Civil Veterinary Department Bihar reports 1936-40 - 1936-1940
Year: 1936
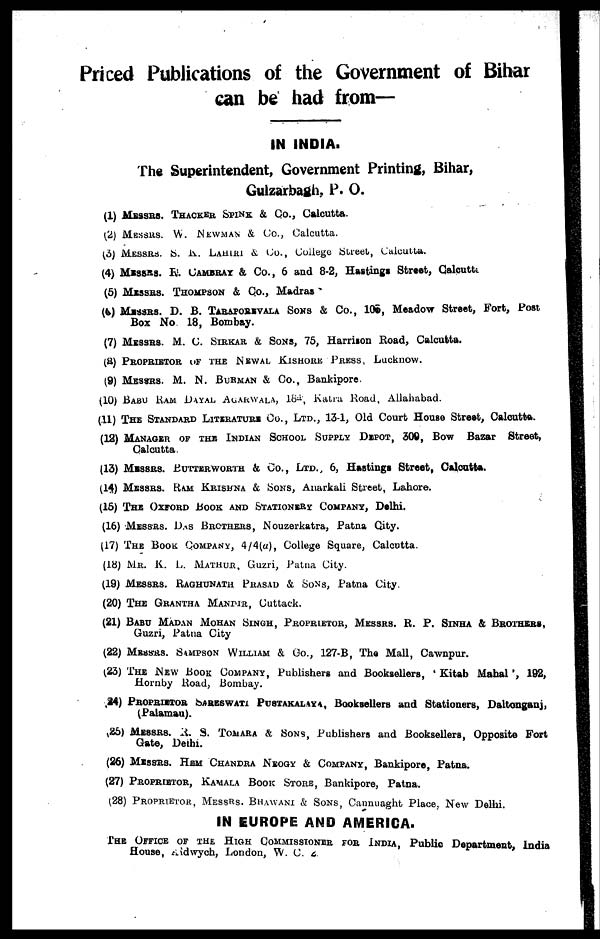
Priced Publications of the Government of Bihar
can be had from—
IN INDIA.
The Superintendent, Government Printing, Bihar,
Gulzarbagh, P. O.
(1) MESSRS. THACKER SPINK & Co., Calcutta.
(2) MESSRS. W. NEWMAN & Co., Calcutta.
(3) MESSRS. S. K. LAHIRI & Co., College Street, Calcutta.
(4) MESSRS. R. CAMBRAI & Co., 6 and 8-2, Hastings Street, Calcutta
(5)
MESSRS.
THOMSON
& Co., Madras
(6) MESSRS. D. B. TARAPOREWALA SONS & Co., 106, Meadow Street, Fort, Post
Box No 18, Bombay.
(7) MESSRS. M. C. SIRKAR & SONS, 75, Harrison Road, Calcutta.
(8) PROPRIETOR OF THE NEWAL KISHORE PRESS, Lucknow.
(9) MESSRS. M. N. BURMAN & Co., Bankipore.
(10) BABU RAM DAYAL AGRAWALA, 184, Katra Road, Allahabad.
(11) THE STANDARD LITERATURE Co., LTD., 13-1, Old Court House Street, Calcutta.
(12) MANAGER OF THE INDIAN SCHOOL SUPPLY DEPOT, 309, Bow
Bazar
Street,
Calcutta.
(13) MESSRS. BUTTERWORTH & CO., LTD., 6, Hastings Street, Calcutta.
(14) MESSRS. RAM KRISHNA & SONS, Anarkali Street, Lahore.
(15) THE OXFORD BOOK AND STATIONERY COMPANY, Delhi.
(16) MESSRS. DAS BROTHERS, Nouzerkatra, Patna City.
(17) THE BOOK COMPANY, 4/4(a), College Square, Calcutta.
(18) MR. K. L. MATHUR, Guzri, Patna City.
(19) MESSRS. RAGHUNATH PRASAD & SONS, Patna City.
(20) THE GRANTHA MANDIR, Cuttack.
(21) BABU MADAN MOHAN SINGH, PROPRIETOR, MESSRS. R. P. SINHA & BROTHERS,
Guzri, Patna City
(22) MESSRS. SAMPSON WILLIAM & Co., 127-B, The Mall, Cawnpur.
(23) THE NEW BOOK COMPANY, Publishers and Booksellers, ' Kitab Mahal ', 192,
Hornby Road, Bombay.
(24) PROPRIETOR SARESWATI PUSTAKALAYA, Booksellers and Stationers, Daltonganj,
(Palamau).
(25) MESSRS. R. S. TOMARA & SONS, Publishers and Booksellers, Opposite Fort
Gate, Dethi.
(26) MESSRS. HEM CHANDRA NEOGY & COMPANY, Bankipore, Patna.
(27) PROPRIETOR, KAMALA BOOK STORE, Bankipore, Patna.
(28) PROPRIETOR, MESSRS. BHAWANI & SONS, Cannuaght Place, New Delhi.
IN EUROPE AND AMERICA.
THE OFFICE OF THE HIGH COMMISSIONER FOR INDIA, Public Department, India
House, Aidwych, London, W. C. 2.